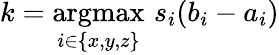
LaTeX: k=\underset{i\in\{ x,y,z\} }{\mathrm{argmax}}\, \, s_{i}(b_{i}-a_{i})